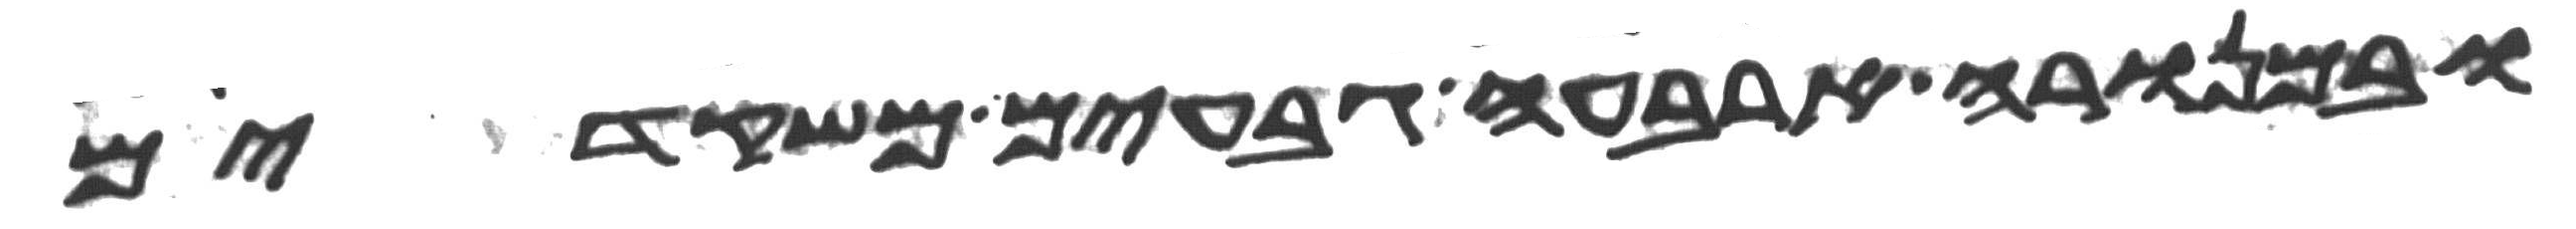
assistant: ובמנורה ארבעה גבעים משקדים